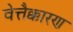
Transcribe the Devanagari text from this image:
वेत्तैक्कारण